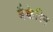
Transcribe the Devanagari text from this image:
बैकेरिन